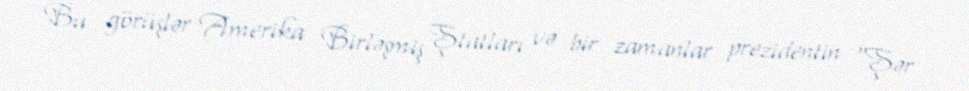
Bu görüşlər Amerika Birləşmiş Ştatları və bir zamanlar prezidentin "Şər